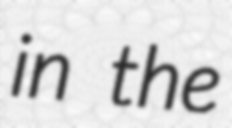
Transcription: in the